Annual administration and progress report of the Indian Medical Department, Bombay
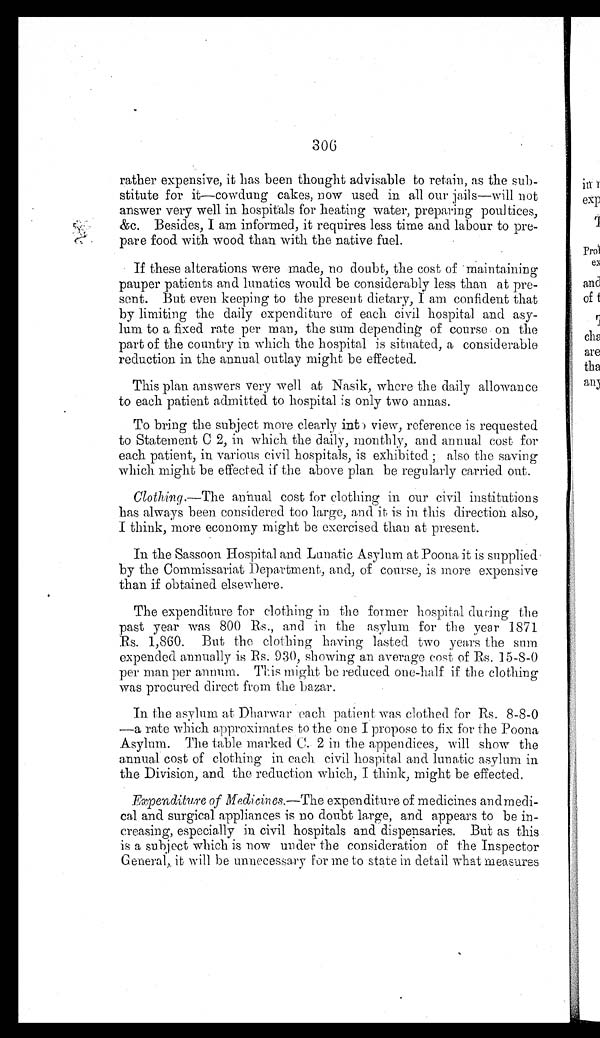
306
rather expensive, it has been thought advisable to retain, as the sub
-
stitute for it—cowdung cakes, now used in all our jails—will
n o t
answer very well in hospitals for heating water, preparing poultices,
&c. Besides, I am informed, it requires less time and labour to pre
-
pare food with wood than with the native fuel.
If these alterations were made, no doubt, the cost of maintaining
pauper patients and lunatics would be considerably less than at pre
-
sent. But even keeping to the present dietary, I am confident that
by limiting the daily expenditure of each civil hospital and asy
-
lum to a fixed rate per man, the sum depending of course on the
part of the country in which the hospital is situated, a considerable
reduction in the annual outlay might be effected.
This plan answers very well at Nasik, where the daily allowance
to each patient admitted to hospital is only two annas.
To bring the subject more clearly into view, reference is requested
to Statement C 2, in which the daily, monthly, and annual cost for
each patient, in various civil hospitals, is exhibited; also the saving
which might be effected if the above plan be regularly carried out.
Clothing.—The annual cost for clothing in our civil institutions
has always been considered too large, and it is in this direction also,
I think, more economy might be exercised than at present.
In the Sassoon Hospital and Lunatic Asylum at Poona, it is supplied
by the Commissariat Department, and, of course, is more expensive
than if obtained elsewhere.
The expenditure for clothing in the former hospital during the
past year was 800 Rs ., and in the asylum for the year 1871
Rs. 1,860. But the clothing having lasted two years the sum
expended annually is Rs. 930, showing an average cost of Rs. 15-8-0
per man per annum. This might be reduced one-half if the clothing
was procured direct from the bazar.
In the asylum at Dharwar each patient was clothed for Rs. 8-8-0
—a rate which approximates to the one I propose to fix for the Poona
Asylum. The table marked C. 2 in the appendices, will show the
annual. cost of clothing in each civil hospital and lunatic asylum in
the Division, and the reduction which, I think, might be effected.
Expenditure of Medicines.—The expenditure of medicines and medi
-
cal and surgical appliances is no doubt large, and appears to be in
-
creasing, especially in civil hospitals and dispensaries. But as this
is a subject which is now under the consideration of the Inspector
General, it will be unnecessary for me to state in detail what measures